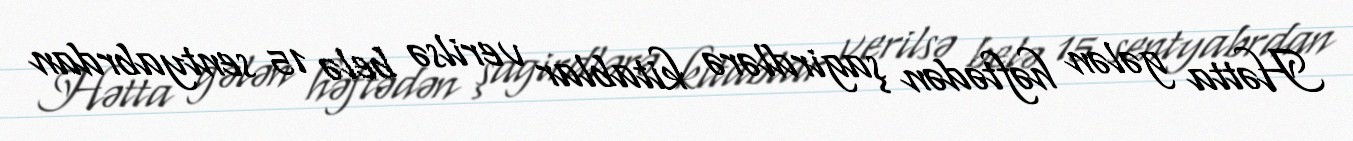
Hətta gələn həftədən şagirdlərə kitablar verilsə belə 15 sentyabrdan